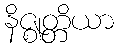
နိဇ္ဈတ္တိယာ